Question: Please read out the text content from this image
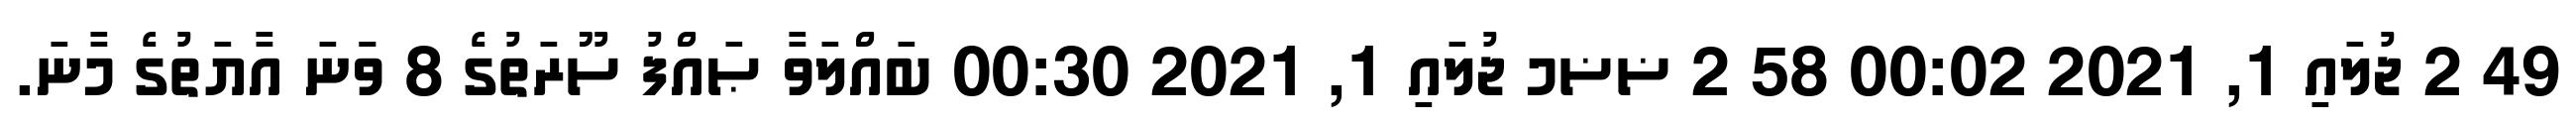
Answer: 49 2 ޖުލައި 1, 2021 00:02 58 2 ޟޟމ ޖުލައި 1, 2021 00:30 ބައްލަވާ ޞައްފު ސޫރަތުގެ 8 ވަަނަ އާޔަތުގެ މާނަ.